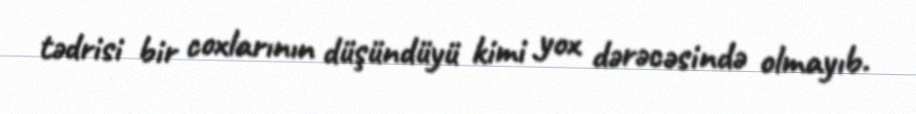
tədrisi bir coxlarının düşündüyü kimi yox dərəcəsində olmayıb.